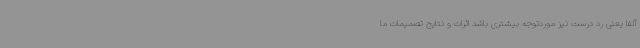
آلفا یعنی رد درست نیز موردتوجه بیشتری باشد اثرات و نتایج تصمیمات ما